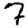
Digit: 7